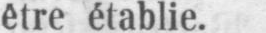
être établie.